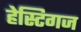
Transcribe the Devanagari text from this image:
हेस्टिगज